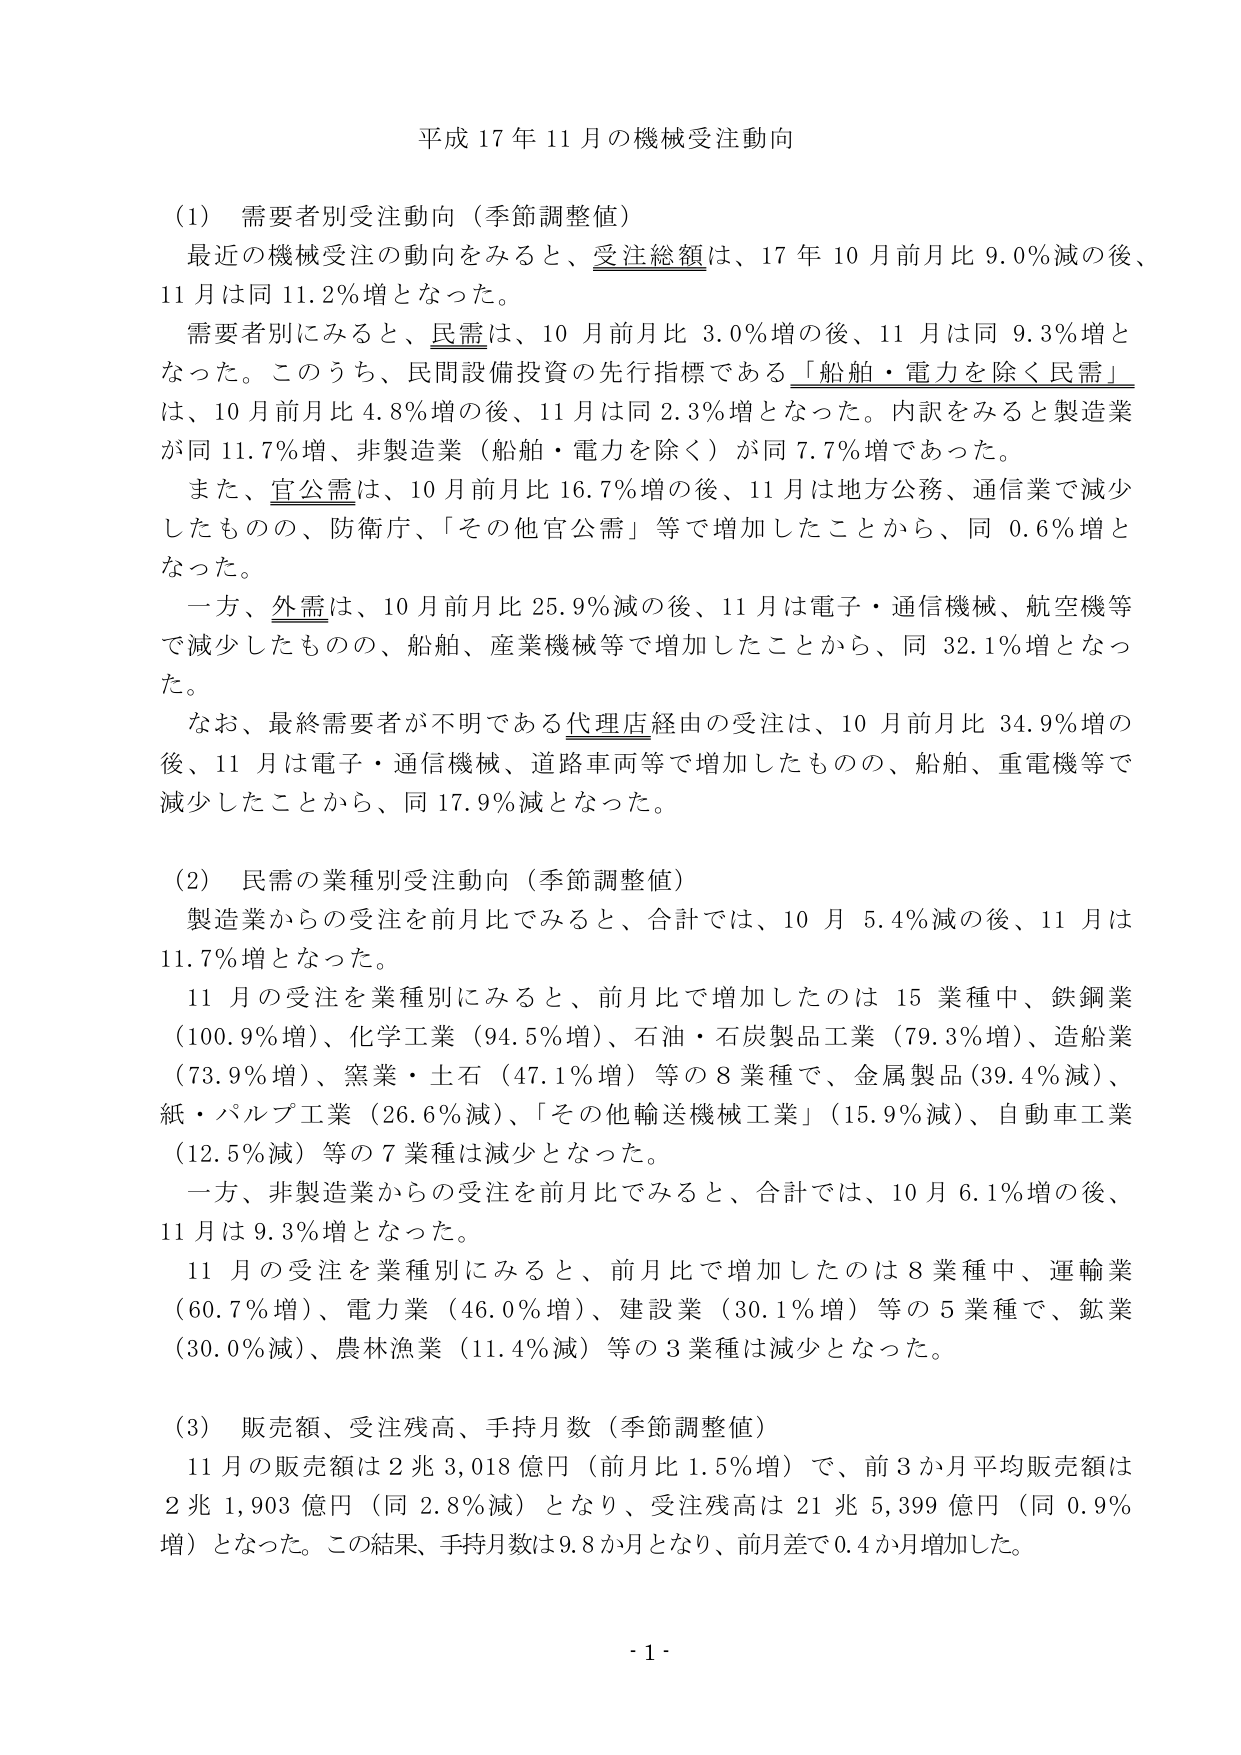
平成 17 年 11 月の機械受注動向

(1) 需要者別受注動向（季節調整値）
最近の機械受注の動向をみると、受注総額は、17 年 10 月前月比 9.0％減の後、
11 月は同 11.2％増となった。
需要者別にみると、民需は、10 月前月比 3.0％増の後、11 月は同 9.3％増と
なった。このうち、民間設備投資の先行指標である「船舶・電力を除く民需」
は、10 月前月比 4.8％増の後、11 月は同 2.3％増となった。内訳をみると製造業
が同 11.7％増、非製造業（船舶・電力を除く）が同 7.7％増であった。
また、官公需は、10 月前月比 16.7％増の後、11 月は地方公務、通信業で減少
したものの、防衛庁、「その他官公需」等で増加したことから、同 0.6％増と
なった。
一方、外需は、10 月前月比 25.9％減の後、11 月は電子・通信機械、航空機等
で減少したものの、船舶、産業機械等で増加したことから、同 32.1％増となっ
た。
なお、最終需要者が不明である代理店経由の受注は、10 月前月比 34.9％増の
後、11 月は電子・通信機械、道路車両等で増加したものの、船舶、重電機等で
減少したことから、同 17.9％減となった。

(2) 民需の業種別受注動向（季節調整値）
製造業からの受注を前月比でみると、合計では、10 月 5.4％減の後、11 月は
11.7％増となった。
11 月の受注を業種別にみると、前月比で増加したのは 15 業種中、鉄鋼業
（100.9％増）、化学工業（94.5％増）、石油・石炭製品工業（79.3％増）、造船業
（73.9％増）、窯業・土石（47.1％増）等の 8 業種で、金属製品（39.4％減）、
紙・パルプ工業（26.6％減）、「その他輸送機械工業」（15.9％減）、自動車工業
（12.5％減）等の 7 業種は減少となった。
一方、非製造業からの受注を前月比でみると、合計では、10 月 6.1％増の後、
11 月は 9.3％増となった。
11 月の受注を業種別にみると、前月比で増加したのは 8 業種中、運輸業
（60.7％増）、電力業（46.0％増）、建設業（30.1％増）等の 5 業種で、鉱業
（30.0％減）、農林漁業（11.4％減）等の 3 業種は減少となった。

(3) 販売額、受注残高、手持月数（季節調整値）
11 月の販売額は 2 兆 3,018 億円（前月比 1.5％増）で、前 3 か月平均販売額は
2 兆 1,903 億円（同 2.8％減）となり、受注残高は 21 兆 5,399 億円（同 0.9％
増）となった。この結果、手持月数は 9.8 か月となり、前月差で 0.4 か月増加した。

- 1 -